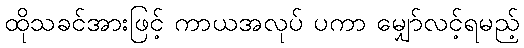
ထိုသခင်အားဖြင့် ကာယအလုပ် ပကာ မျှော်လင့်ရမည့်